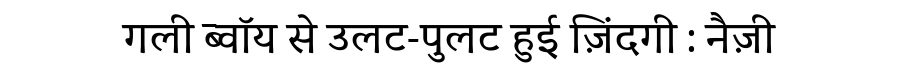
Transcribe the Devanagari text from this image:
गली ब्वॉय से उलट-पुलट हुई ज़िंदगी : नैज़ी